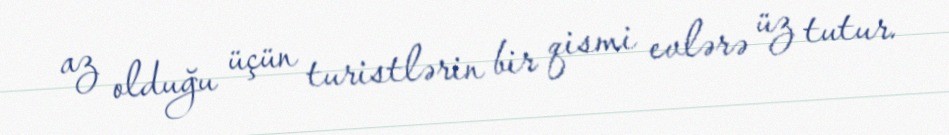
az olduğu üçün turistlərin bir qismi evlərə üz tutur.